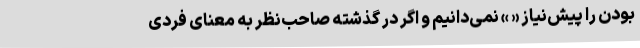
بودن را پیش‌نیاز « » نمی‌دانیم و اگر در گذشته صاحب‌نظر به معنای فردی